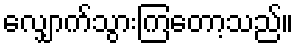
လျှောက်သွားကြတော့သည်။